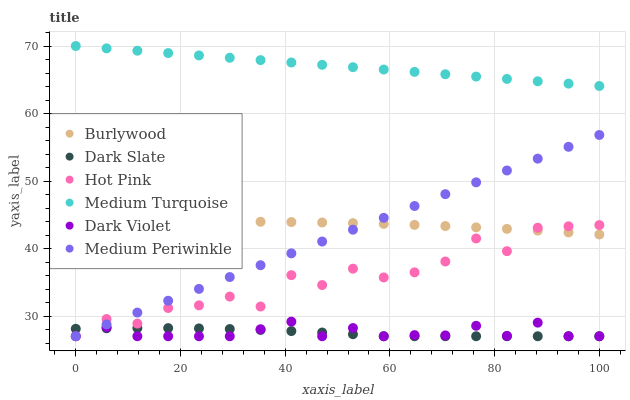
| xaxis_label | Burlywood | Dark Slate | Hot Pink | Medium Turquoise | Dark Violet | Medium Periwinkle |
 | --- | --- | --- | --- | --- | --- | --- |
 | 0 | 43.7 | 28.1 | 27 | 70 | 27 | 27 |
 | 5.88 | 43.8 | 28.2 | 29.6 | 69.7 | 28.3 | 28.8 |
 | 11.8 | 43.9 | 28.2 | 28.9 | 69.3 | 27 | 30.5 |
 | 17.6 | 43.9 | 28.2 | 31.2 | 69 | 27 | 32.3 |
 | 23.5 | 44 | 28.2 | 31.6 | 68.6 | 27 | 34 |
 | 29.4 | 44 | 28.1 | 32.9 | 68.3 | 27 | 35.8 |
 | 35.3 | 44 | 27.9 | 31.4 | 67.9 | 28 | 37.5 |
 | 41.2 | 43.9 | 27.8 | 36.1 | 67.6 | 29.2 | 39.3 |
 | 47.1 | 43.9 | 27.6 | 34.6 | 67.2 | 27 | 41 |
 | 52.9 | 43.8 | 27.3 | 37 | 66.9 | 28.2 | 42.8 |
 | 58.8 | 43.6 | 27 | 35.7 | 66.5 | 27 | 44.5 |
 | 64.7 | 43.5 | 27 | 36.5 | 66.2 | 27.2 | 46.3 |
 | 70.6 | 43.3 | 27 | 38.1 | 65.8 | 27.1 | 48.1 |
 | 76.5 | 43.1 | 27 | 41.5 | 65.5 | 28.6 | 49.8 |
 | 82.4 | 42.9 | 27 | 39.6 | 65.1 | 27.1 | 51.6 |
 | 88.2 | 42.7 | 27 | 43.1 | 64.8 | 29 | 53.3 |
 | 94.1 | 42.4 | 27 | 43.3 | 64.4 | 27 | 55.1 |
 | 100 | 42.1 | 27 | 43.5 | 64.1 | 27 | 56.8 |